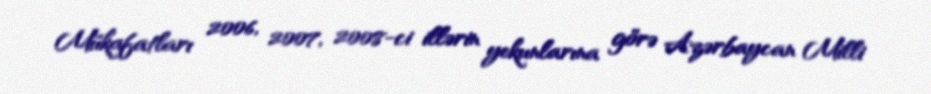
Mükafatları 2006, 2007, 2008-ci illərin yekunlarına görə Azərbaycan Milli